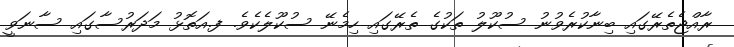
ރާއްޖެތެރޭގައި ބިނާކުރެވުނު ސުކޫލު ތަކުގެ ތެރޭގައި ހިމެނޭ ސުކޫލެކެވެ. ފ.އަތޮޅު މަދަރުސާގައި ސާނަވީ